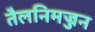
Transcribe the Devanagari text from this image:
तैलनिमज्जन